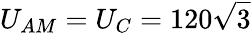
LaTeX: U_{AM}=U_{C}=120\sqrt{3}